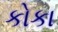
કોકા